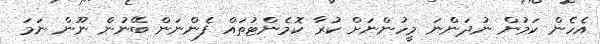
އެހެން ކަމުން ނުދަންނަ މީހުންނަށް ކުރާ ކޮމެންޓުތައް ފެންނަން ބޭނުން ނޫން ނަމަ